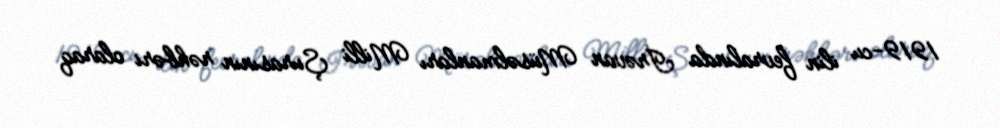
1919-cu ilin fevralında İrəvan Müsəlmanları Milli Şurasının rəhbəri olaraq